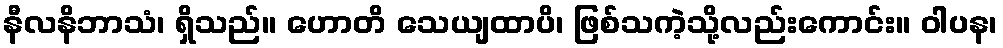
နီလနိဘာသံ၊ ရှိသည်။ ဟောတိ သေယျထာပိ၊ ဖြစ်သကဲ့သို့လည်းကောင်း။ ဝါပန၊